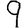
Digit: 9